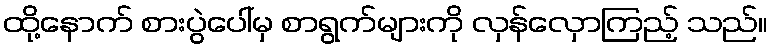
ထို့နောက် စားပွဲပေါ်မှ စာရွက်များကို လှန်လှောကြည့် သည်။